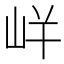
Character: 𭖓